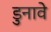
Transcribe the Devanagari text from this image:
डुनावे